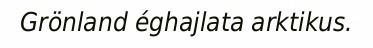
Grönland éghajlata arktikus.